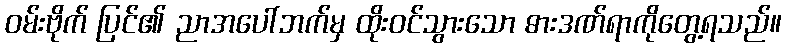
ဝမ်းဗိုက် ပြင်၏ ညာအပေါ်ဘက်မှ ထိုးဝင်သွားသော ဓားဒဏ်ရာကိုတွေ့ရသည်။